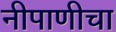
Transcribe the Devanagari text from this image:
नीपाणीचा